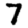
Digit: 7